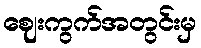
ဈေးကွက်အတွင်းမှ